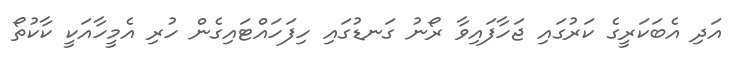
އަދި އެބަކަރީގެ ކަރުގައި ޖަހާފައިވާ ރޯނު ގަނޑުގައި ހިފަހައްޓައިގެން ހުރި އެމީހާއަކީ ކާކުތޯ